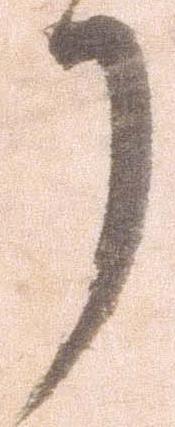
了